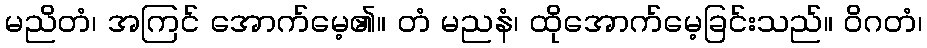
မညိတံ၊ အကြင် အောက်မေ့၏။ တံ မညနံ၊ ထိုအောက်မေ့ခြင်းသည်။ ဝိဂတံ၊